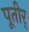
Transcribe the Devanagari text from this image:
पूतीर्